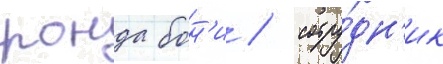
ронда бон'и / сотру́дн'ик